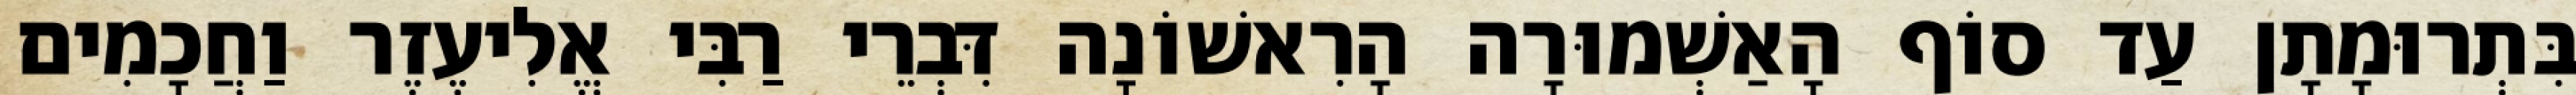
בִּתְרוּמָתָן עַד סוֹף הָאַשְׁמוּרָה הָרִאשׁוֹנָה דִּבְרֵי רַבִּי אֱלִיעֶזֶר וַחֲכָמִים